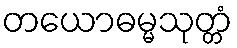
တယောဓမ္မသုတ္တံ